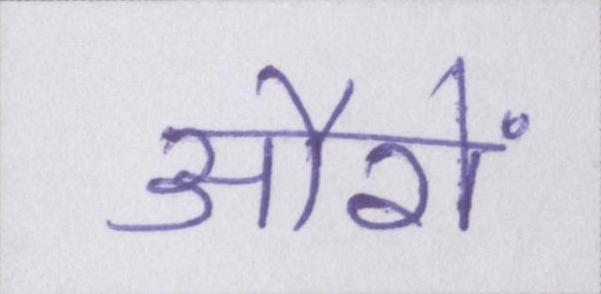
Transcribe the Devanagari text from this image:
औरों